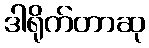
ဒါရိုက်တာဆု